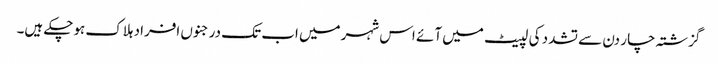
گزشتہ چار دن سے تشدد کی لپیٹ میں آئے اس شہرمیں اب تک درجنوں افراد ہلاک ہوچکے ہیں۔